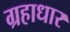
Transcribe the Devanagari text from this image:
ग्रहाधार